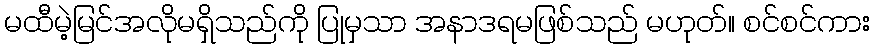
မထီမဲ့မြင်အလိုမရှိသည်ကို ပြုမှသာ အနာဒရမဖြစ်သည် မဟုတ်။ စင်စင်ကား